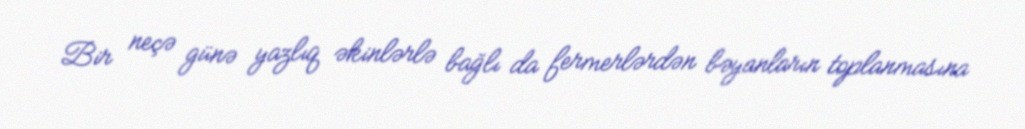
Bir neçə günə yazlıq əkinlərlə bağlı da fermerlərdən bəyanların toplanmasına